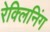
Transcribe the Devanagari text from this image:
रेक्लिनिंग